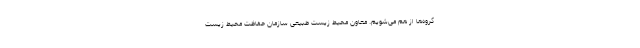
گروه‌ها از هم می‌شویم. معاون محیط زیست طبیعی سازمان حفاظت محیط زیست